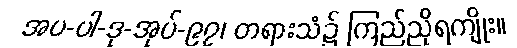
အပ-ပါ-ဒု-အုပ်-၉၇၊ တရားသံ၌ ကြည်ညိုရကျိုး။